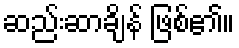
ဆည်းဆာချိန် ဖြစ်၏။